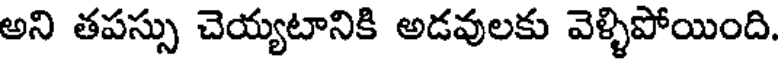
అని తపస్సు చెయ్యటానికి అడవులకు వెళ్ళిపోయింది.